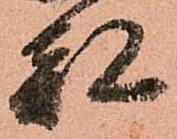
都